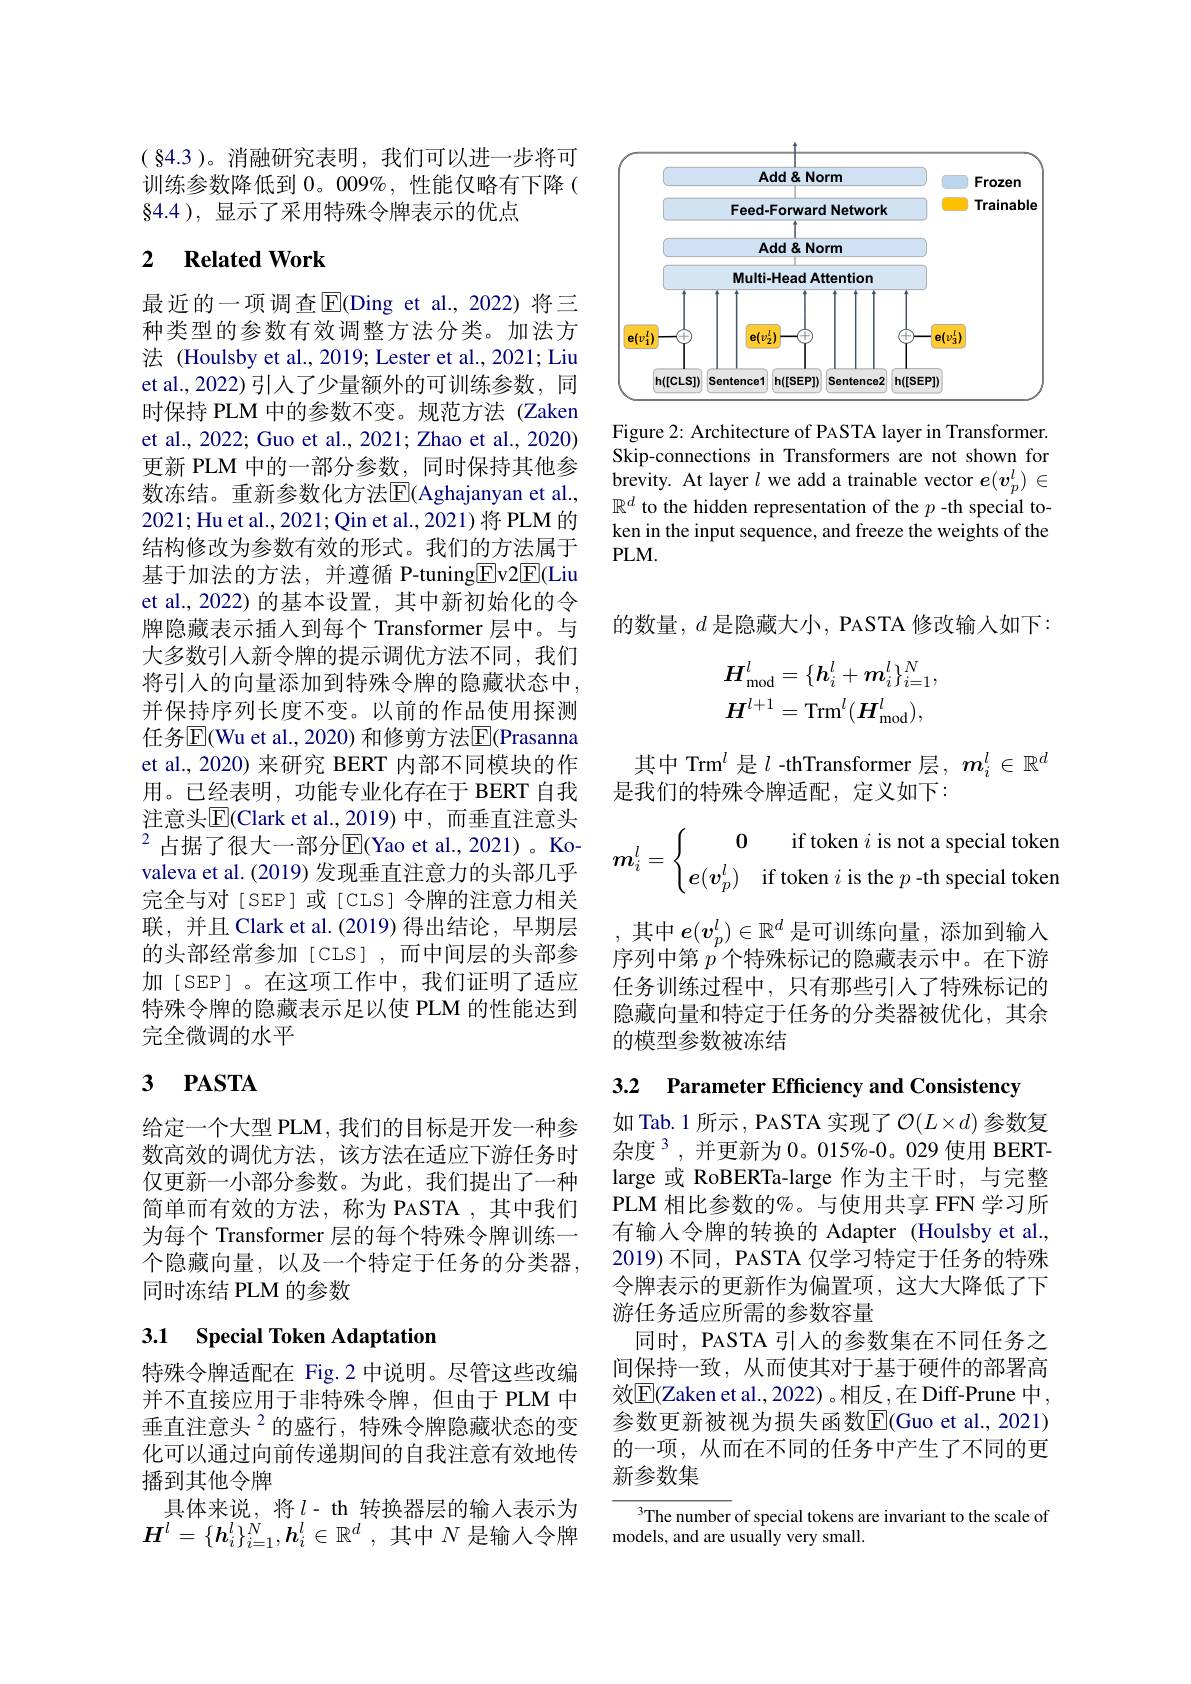
( §4.3 )。消融研究表明，我们可以进一步将可训练参数降低到$0。009\%$,性能仅略有下降( $\S4.4$ ), 显示了采用特殊令牌表示的优点

### 2 $\textbf{Related Work}$

最近的一项调查$\operatorname{E}$(Ding et al.,2022)将三种类型的参数有效调整方法分类。加法方法 (Houlsby et al., 2019; Lester et al., 2021; Liu et al., 2022) 引人了少量额外的可训练参数，同时保持 PLM 中的参数不变。规范方法 (Zaken et al., 2022; Guo et al., 2021; Zhao et al., 2020) 更新 PLM 中的一部分参数，同时保持其他参数冻结。重新参数化方法$\overline{\mathrm{E}}($Aghajanyan et al., 2021;Hu et al., 2021; Qin et al., 2021)将 PLM 的结构修改为参数有效的形式。我们的方法属于基于加法的方法，并遵循 P-tuning$\underline{\mathrm{E}}$v2E(Liu et al., 2022) 的基本设置，其中新初始化的令牌隐藏表示插人到每个 Transformer 层中。与大多数引人新令牌的提示调优方法不同，我们将引人的向量添加到特殊令牌的隐藏状态中并保持序列长度不变。以前的作品使用探测任务$\overline{\mathrm{E}}($Wu et al., 2020) 和修剪方法$\overline{\mathrm{E}}($Prasanna et al., 2020) 来研究 BERT 内部不同模块的作用。已经表明，功能专业化存在于 BERT 自我注意头$\overline{\mathrm{E}}($Clark et al.,2019)中，而垂直注意头$^{2}$ 占据了很大一部分$\mathbb{E}($Yao et al., 2021)。Kovaleva et al. (2019) 发现垂直注意力的头部几乎完全与对[SEP]或[CLS]令牌的注意力相关联，并且 Clark et al. (2019) 得出结论，早期层的头部经常参加[CLS],而中间层的头部参加[SEP]。在这项工作中，我们证明了适应特殊令牌的隐藏表示足以使 PLM 的性能达到完全微调的水平

# 3 PASTA

给定一个大型 PLM, 我们的目标是开发一种参数高效的调优方法，该方法在适应下游任务时仅更新一小部分参数。为此，我们提出了一种简单而有效的方法，称为 PASTA ,其中我们为每个 Transformer 层的每个特殊令牌训练一个隐藏向量，以及一个特定于任务的分类器同时冻结 PLM 的参数

# 3.1 Special Token Adaptation

特殊令牌适配在 Fig.2 中说明。尽管这些改编并不直接应用于非特殊令牌，但由于 PLM 中垂直注意头$^{2}$的盛行，特殊令牌隐藏状态的变化可以通过向前传递期间的自我注意有效地传播到其他令牌
具体来说，将$l$-th 转换器层的输入表示为$\boldsymbol{H}^l=\{\boldsymbol{h}_i^l\}_{i=1}^N,\boldsymbol{h}_i^l\in\mathbb{R}^d$,其中$N$ 是输入令牌

<FigureHere>

Figure 2: Architecture of PASTA layer in Transformer. Skip-connections in Transformers are not shown for brevity. At layer $l$ we add a trainable vector $e(v_p^l)\in$ $\mathbb{R}^d$ to the hidden representation of the $p$ -th special token in the input sequence, and freeze the weights of the $PLM.$

的数量，$d$是隐藏大小，PASTA 修改输人如下：
$$H_{\mathrm{mod}}^{l}=\{h_{i}^{l}+m_{i}^{l}\}_{i=1}^{N},\\H^{l+1}=\mathrm{Trm}^{l}(H_{\mathrm{mod}}^{l}),$$
其中 Trm$^l$是$l$ -thTransformer 层，$m_i^l\in\mathbb{R}^d$
是我们的特殊令牌适配，定义如下：
$$m_i^l=\left\{\begin{matrix}\mathbf{0}&\text{if}\:\text{token}\:i\:\text{is}\:\text{not}\:\text{a}\:\text{special}\:\text{token}\\e(\boldsymbol{v}_p^l)&\text{if}\:\text{token}\:i\:\text{is}\:\text{the}\:p\:\text{-th}\:\text{special}\:\text{token}\end{matrix}\right.$$
其中$e(v_p^l)\in\mathbb{R}^d$是可训练向量，添加到输入序列中第 $p^{\prime}$个特殊标记的隐藏表示中。在下游任务训练过程中，只有那些引入了特殊标记的隐藏向量和特定于任务的分类器被优化，其余的模型参数被冻结果

3.2 Parameter Efficiency and Consistency

如 Tab.1 所示，PASTA 实现了$\mathcal{O}(L\times d)$参数复杂度 3,并更新为 0。015%-0。029 使用 BERTlarge 或 RoBERTa-large 作为主干时，与完整PLM 相比参数的%。与使用共享 FFN 学习所有输入令牌的转换的 Adapter (Houlsby et al., 2019) 不同 , PASTA 仅学习特定于任务的特殊令牌表示的更新作为偏置项，这大大降低了下游任务适应所需的参数容量
同时，PASTA 引入的参数集在不同任务之间保持一致，从而使其对于基于硬件的部署高效$\boxed{\mathrm{E}}($Zaken et al., 2022) 。相反，在 Diff-Prune 中参数更新被视为损失函数$\overline{\mathrm{E}}($Guo et al., 2021) 的一项，从而在不同的任务中产生了不同的更新参数集

$^{3}$The number of special tokens are invariant to the scale of
models, and are usually very small.